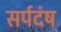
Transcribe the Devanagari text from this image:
सर्पदंष